Summary of further report on surra
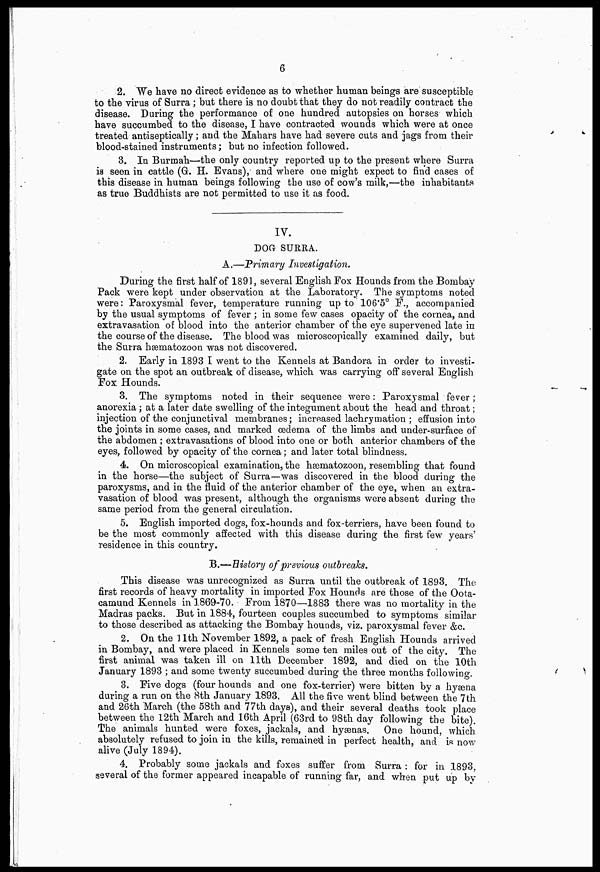
6
2. We have no direct evidence as to whether human beings are susceptible
to the virus of Surra; but there is no doubt that they do not readily contract the
disease. During the performance of one hundred autopsies on horses which
have succumbed to the disease, I have contracted wounds which were at once
treated antiseptically; and the Mahars have had severe cuts and jags from their
blood-stained instruments; but no infection followed.
3, In Burmah—the only country reported up to the present where Surra
is seen in cattle (G. H. Evans), and where one might expect to find cases of
this disease in human beings following the use of cow's milk,—the inhabitants
as true Buddhists are not permitted to use it as food.
IV.
DOG SURRA.
A.—Primary Investigation.
During the first half of 1891, several English Fox Hounds from the Bombay
Pack were kept under observation at the Laboratory. The symptoms noted
were: Paroxysmal fever, temperature running up to 106.5° F, accompanied
by the usual symptoms of fever ; in some few cases opacity of the cornea, and
extravasation of blood into the anterior chamber of the eye supervened late in
the course of the disease. The blood was microscopically examined daily, but
the Surra hæmatozoon was not discovered.
2. Early in 1893 I went to the Kennels at Bandora in order to investi-
gate on the spot an outbreak of disease, which was carrying off several English
Fox Hounds.
3. The symptoms noted in their sequence were: Paroxysmal fever;
anorexia; at a later date swelling of the integument about the head and throat;
injection of the conjunctival membranes; increased lachrymation ; effusion into
the joints in some cases, and marked oedema of the limbs and under-surface of
the abdomen ; extravasations of blood into one or both anterior chambers of the
eyes, followed by opacity of the cornea; and later total blindness.
4. On microscopical examination, the hæmatozoon, resembling that found
in the horse—the subject of Surra—was discovered in the blood during the
paroxysms, and in the fluid of the anterior chamber of the eye, when an extra-
vasation of blood was present, although the organisms were absent during the
same period from the general circulation.
5. English imported dogs, fox-hounds and fox-terriers, have been found to
be the most commonly affected with this disease during the first few years'
residence in this country.
B.—History of previous outbreaks.
This disease was unrecognized as Surra until the outbreak of 1893. The
first records of heavy mortality in imported Fox Hounds are those of the Oota-
camund Kennels in 1869-70. From 1870—1883 there was no mortality in the
Madras packs. But in 1884, fourteen couples succumbed to symptoms similar
to those described as attacking the Bombay hounds, viz. paroxysmal fever &c.
2. On the 11th November 1892, a pack of fresh English Hounds arrived
in Bombay, and were placed in Kennels some ten miles out of the city. The
first animal was taken ill on 11th December 1892, and died on the 10th
January 1893 ; and some twenty succumbed during the three months following.
3. Five dogs (four hounds and one fox-terrier) were bitten by a hyæna
during a run on the 8th January 1893. All the five went blind between the 7th
and 26th March (the 58th and 77th days), and their several deaths took place
between the 12th March and 16th April (63rd to 98th day following the bite).
The animals hunted were foxes, jackals, and hyaenas. One hound, which
absolutely refused to join in the kills, remained in perfect health, and is now
alive (July 1894).
4. Probably some jackals and foxes suffer from Surra : for in 1893,
several of the former appeared incapable of running far, and when put up by